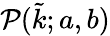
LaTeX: \mathcal{P}(\tilde{k};a,b)